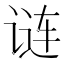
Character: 𬣽